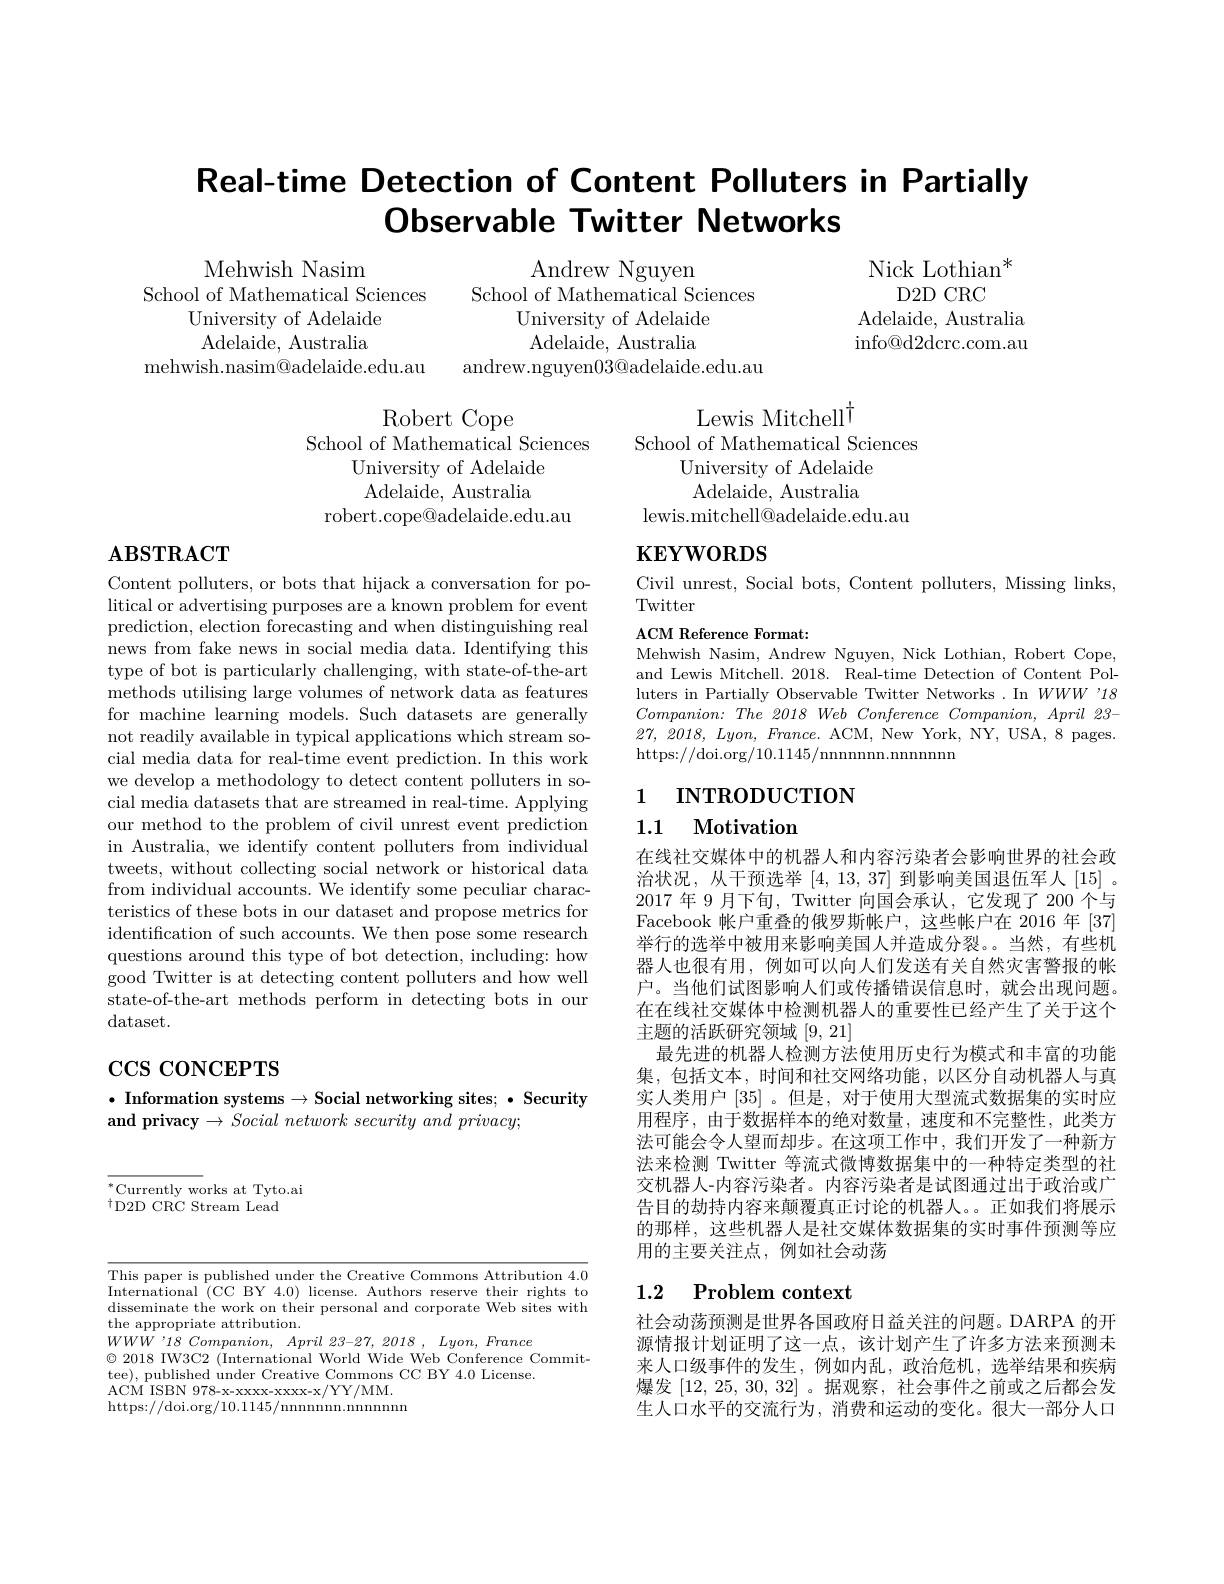
# Real-time Detection of Content Polluters in Partially Observable Twitter Networks

Nick Lothian$^*$
D2D CRC
${\mathrm{Adelaide,~Australia}}$ $\operatorname{info@d2dcrc.com.au}$

Mehwish Nasim
School of Mathematical Sciences
University of Adelaide ${\mathrm{Adelaide,~Australia}}$
mehwish.nasim@adelaide.edu.au

Andrew Nguyen
School of Mathematical Sciences
University of Adelaide ${\mathrm{Adelaide,~Australia}}$
andrew.nguyen$03@$adelaide.edu.au

Lewis Mitchell$^{\dagger}$
School of Mathematical Sciences
University of Adelaide Adelaide, Australia
lewis.mitchell@adelaide.edu.au

Robert Cope
School of Mathematical Sciences
University of Adelaide ${\mathrm{Adelaide,~Australia}}$
robert.cope@adelaide.edu.au

# $\mathbf{KEYWORDS}$

# $\mathbf{ABSTRACT}$

Civil unrest, Social bots, Content polluters, Missing links,
Twitter

ACM Reference Format:
Mehwish Nasim, Andrew Nguyen, Nick Lothian, Robert Cope, and Lewis Mitchell. 2018. Real-time Detection of Content Polluters in Partially Observable Twitter Networks .In $WWW$ '18 $Companion: The2018WebConferenceCompanion, April\textit{ 23- }$ 27, 2018, $Lyon$, $France.$ ACM, New York, NY, USA, 8 pages https://doi.org/10.1145/nnnnnn.nnnnnn

1 INTRODUCTION

Content polluters, or bots that hijack a conversation for political or advertising purposes are a known problem for event prediction, election forecasting and when distinguishing real news from fake news in social media data. Identifying this type of bot is particularly challenging, with state-of-the-art methods utilising large volumes of network data as features for machine learning models. Such datasets are generally not readily available in typical applications which stream social media data for real-time event prediction. In this work we develop a methodology to detect content polluters in social media datasets that are streamed in real-time. Applying our method to the problem of civil unrest event prediction in Australia, we identify content polluters from individual tweets, without collecting social network or historical data from individual accounts. We identify some peculiar characteristics of these bots in our dataset and propose metrics for identification of such accounts. We then pose some research questions around this type of bot detection, including: how good Twitter is at detecting content polluters and how well state-of-the-art methods perform in detecting bots in our dataset.

## 1.1 Motivation

在线社交媒体中的机器人和内容污染者会影响世界的社会政治状况，从干预选举[4,13,37] 到影响美国退伍军人[15] 。2017 年 9 月下旬，Twitter 向国会承认，它发现了 200 个与Facebook 帐户重叠的俄罗斯帐户，这些帐户在 2016 年 [37] 举行的选举中被用来影响美国人并造成分裂。当然，有些机器人也很有用，例如可以向人们发送有关自然灾害警报的帐户。当他们试图影响人们或传播错误信息时，就会出现问题。在在线社交媒体中检测机器人的重要性已经产生了关于这个主题的活跃研究领域[9,21]
最先进的机器人检测方法使用历史行为模式和丰富的功能集，包括文本，时间和社交网络功能，以区分自动机器人与真实人类用户[35] 。但是，对于使用大型流式数据集的实时应用程序，由于数据样本的绝对数量，速度和不完整性，此类方法可能会令人望而却步。在这项工作中，我们开发了一种新方法来检测 Twitter 等流式微博数据集中的一种特定类型的社交机器人-内容污染者。内容污染者是试图通过出于政治或广告目的劫持内容来颠覆真正讨论的机器人。。正如我们将展示的那样，这些机器人是社交媒体数据集的实时事件预测等应用的主要关注点，例如社会动荡

# $\cos\cos\cos$CEPTS

$\bullet$ Information systems$\to \textbf{Social networking sites; }\bullet \textbf{ Security}$
and privacy $\to \textit{Social network security and privacy; }$

$^*$Currently works at Tyto.ai
$^{\dagger}$D2D CRC Stream Lead

## 1.2 Problem context

This paper is published under the Creative Commons Attribution 4.0 International (CC BY 4.0) license. Authors reserve their rights to disseminate the work on their personal and corporate Web sites with the appropriate attribution.
$WWW$ '18 Companion, April 23-27, 2018 , Lyon, France
$\textcircled{\circ}2018$ IW3C2 (International World Wide Web Conference Commit-
tee), published under Creative Commons CC BY 4.0 License.
ACM ISBN 978- x- xxxxx- xxxx- x/ YY/ MM. https://doi.org/10.1145/nnnnnn.nnnnnn

社会动荡预测是世界各国政府日益关注的问题。DARPA 的开源情报计划证明了这一点，该计划产生了许多方法来预测未来人口级事件的发生，例如内乱，政治危机，选举结果和疾病爆发[12,25,30,32] 。据观察，社会事件之前或之后都会发生人口水平的交流行为，消费和运动的变化。很大一部分人口